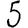
Digit: 5